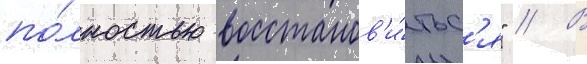
по́лностью восстанов'и́тьс'я" // В